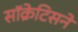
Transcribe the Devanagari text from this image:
सॉक्रेटिसने